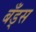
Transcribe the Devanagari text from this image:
बँड्स